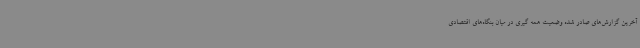
آخرین گزارش‌های صادر شده وضعیت همه گیری در میان بنگاه‌های اقتصادی